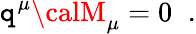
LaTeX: \mathtt{q}^{\mu}{\calM}_{\mu}=0\; \; .